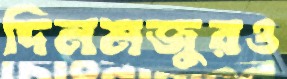
দিনমজুরও